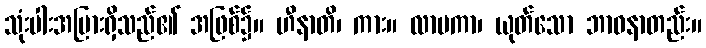
သုံးပါးအပြားရှိသည်၏ အဖြစ်၌။ ဟီနာတိ၊ ကား။ လာမကာ၊ ယုတ်သော ဘာဝနာတည်း။